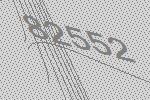
82552